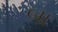
બા